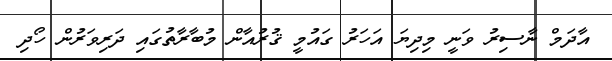
އާދަމް ނާސިރު ވަނީ މިދިޔަ އަހަރު ގައުމީ ޤުރުއާން މުބާރާތުގައި ދަރިވަރުން ހޯދި